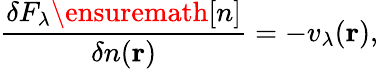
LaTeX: \frac{\delta F_{\lambda}\ensuremath{[n]}}{\delta n(\mathbf{r})}=-v_{\lambda}(\mathbf{r}),